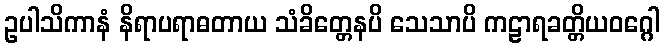
ဥပါသိကာနံ နိရာပရာဓတာယ သံခိတ္တေနပိ သေသာပိ ကဠာရခတ္တိယဝဂ္ဂေါ